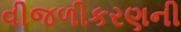
વીજળીકરણની